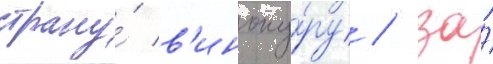
страну́ в'иноку́ру / за́